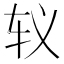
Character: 𰹵